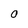
Character: 0